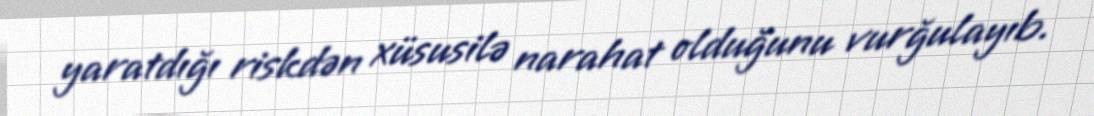
yaratdığı riskdən xüsusilə narahat olduğunu vurğulayıb.